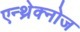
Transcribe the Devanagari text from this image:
एन्थ्रेक्नोज